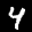
Label: 4